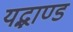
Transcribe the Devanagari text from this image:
यद्भाण्डं